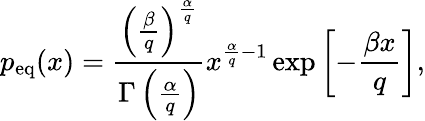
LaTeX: p_{\mathrm{eq}}(x)=\frac{\left(\frac{\beta}{q}\right)^{\frac{\alpha}{q}}}{\Gamma\left(\frac{\alpha}{q}\right)}x^{\frac{\alpha}{q}-1}\exp\left[-\frac{\beta x}{q}\right],